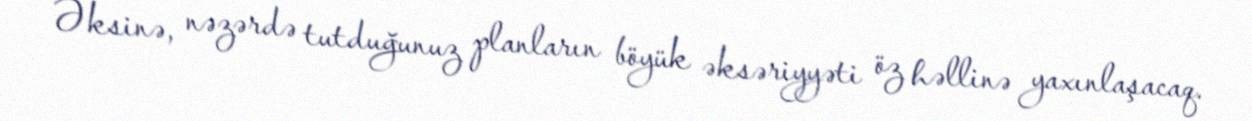
Əksinə, nəzərdə tutduğunuz planların böyük əksəriyyəti öz həllinə yaxınlaşacaq.